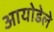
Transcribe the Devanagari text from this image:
आयोडेले